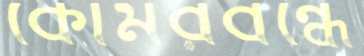
কোমরবন্ধে